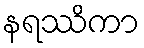
နရဿိကာ